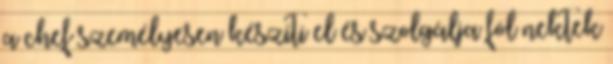
a chef személyesen készíti el és szolgálja föl nektek